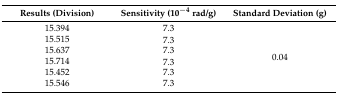
| Results (Division) | Sensitivity (10−4 rad/g) | Standard Deviation (g) |
 | --- | --- | --- |
 | 15.394 | 7.3 | <ROWSPAN=6> 0.04 |
 | 15.515 | 7.3 |
 | 15.637 | 7.3 |
 | 15.714 | 7.3 |
 | 15.452 | 7.3 |
 | 15.546 | 7.3 |